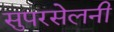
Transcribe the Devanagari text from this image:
सुपरसेलनी